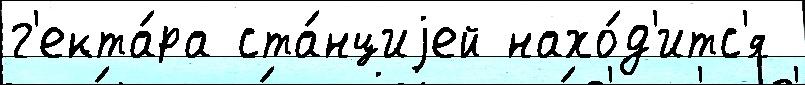
г'екта́ра ста́нциjей нахо́д'итс'я